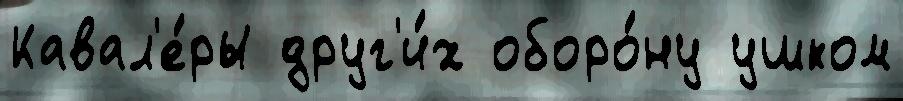
Кавал'е́ры друг'и́х оборо́ну ушком